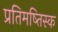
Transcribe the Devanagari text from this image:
प्रतिमष्तिस्क